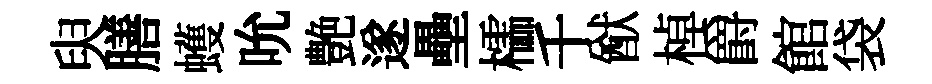
臾膳蠖吮艶遂壘櫺千猷棹爵館袋